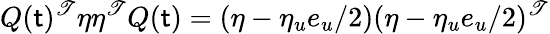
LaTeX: Q(\mathsf{t})^{\mathscr{T}}\eta\eta^{\mathscr{T}}Q(\mathsf{t})=(\eta-\eta_{u}e_{u}/2)(\eta-\eta_{u}e_{u}/2)^{\mathscr{T}}